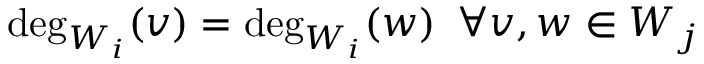
\deg _ { W _ { i } } ( v ) = \deg _ { W _ { i } } ( w ) \, \, \, \forall v , w \in W _ { j }